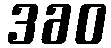
360